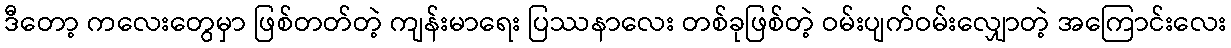
ဒီတော့ ကလေးတွေမှာ ဖြစ်တတ်တဲ့ ကျန်းမာရေး ပြဿနာလေး တစ်ခုဖြစ်တဲ့ ဝမ်းပျက်ဝမ်းလျှောတဲ့ အကြောင်းလေး